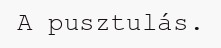
A pusztulás.